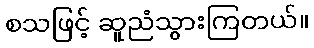
စသဖြင့် ဆူညံသွားကြတယ်။